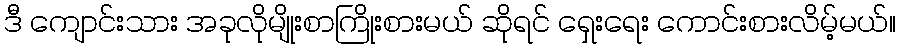
ဒီ ကျောင်းသား အခုလိုမျိုးစာကြိုးစားမယ် ဆိုရင် ရှေးရေး ကောင်းစားလိမ့်မယ်။